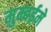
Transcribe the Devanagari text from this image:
मुम्बईमे